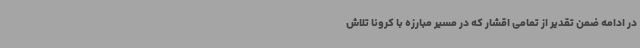
در ادامه ضمن تقدیر از تمامی اقشار که در مسیر مبارزه با کرونا تلاش